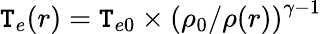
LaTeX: \mathtt{T}_{e}(r)=\mathtt{T}_{e0}\times\left(\rho_{0}/\rho(r)\right)^{\gamma-1}